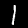
Digit: 1